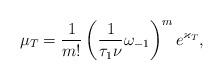
LaTeX: \begin{align*} \mu_T = \frac{1}{m!}\left(\frac{1}{\tau_1 \nu}\omega_{-1}\right)^m e^{\varkappa_T},\end{align*}